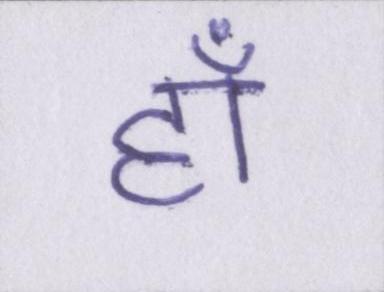
हाँ